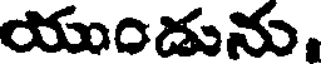
యుండును.